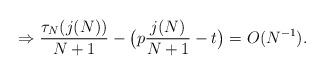
LaTeX: \begin{align*}\Rightarrow\frac{\tau_N(j(N))}{N+1}-\big(p\frac{j(N)}{N+1}-t\big)=O(N^{-1}).\end{align*}